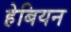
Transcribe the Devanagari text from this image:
हेबियन